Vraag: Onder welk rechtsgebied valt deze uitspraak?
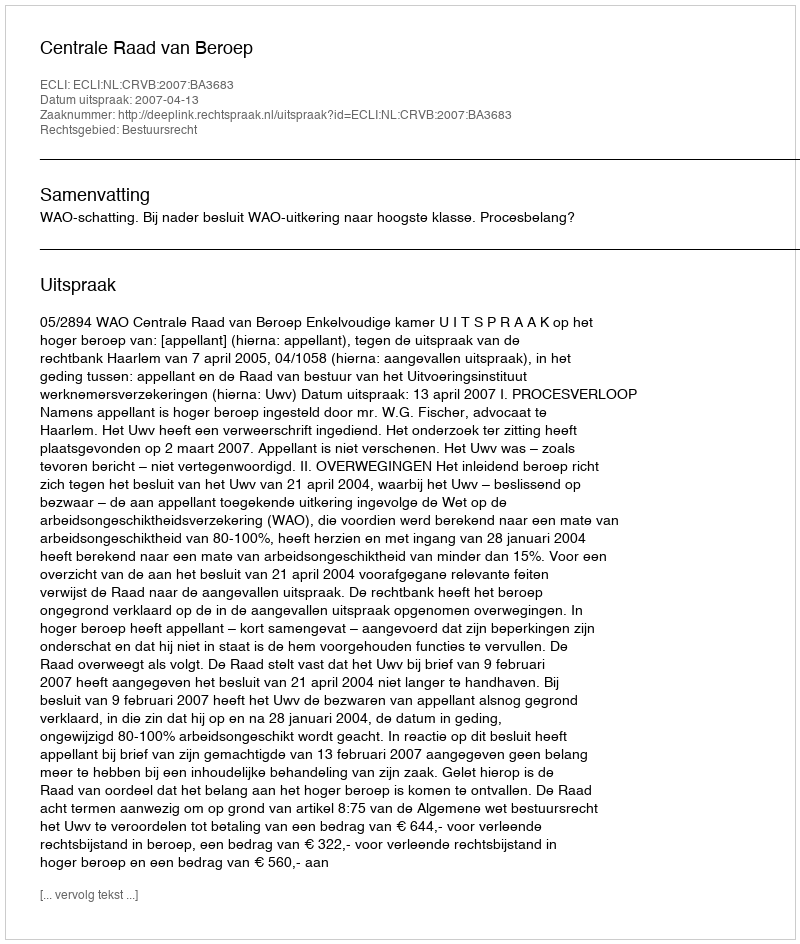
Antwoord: Bestuursrecht